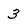
Character: 3